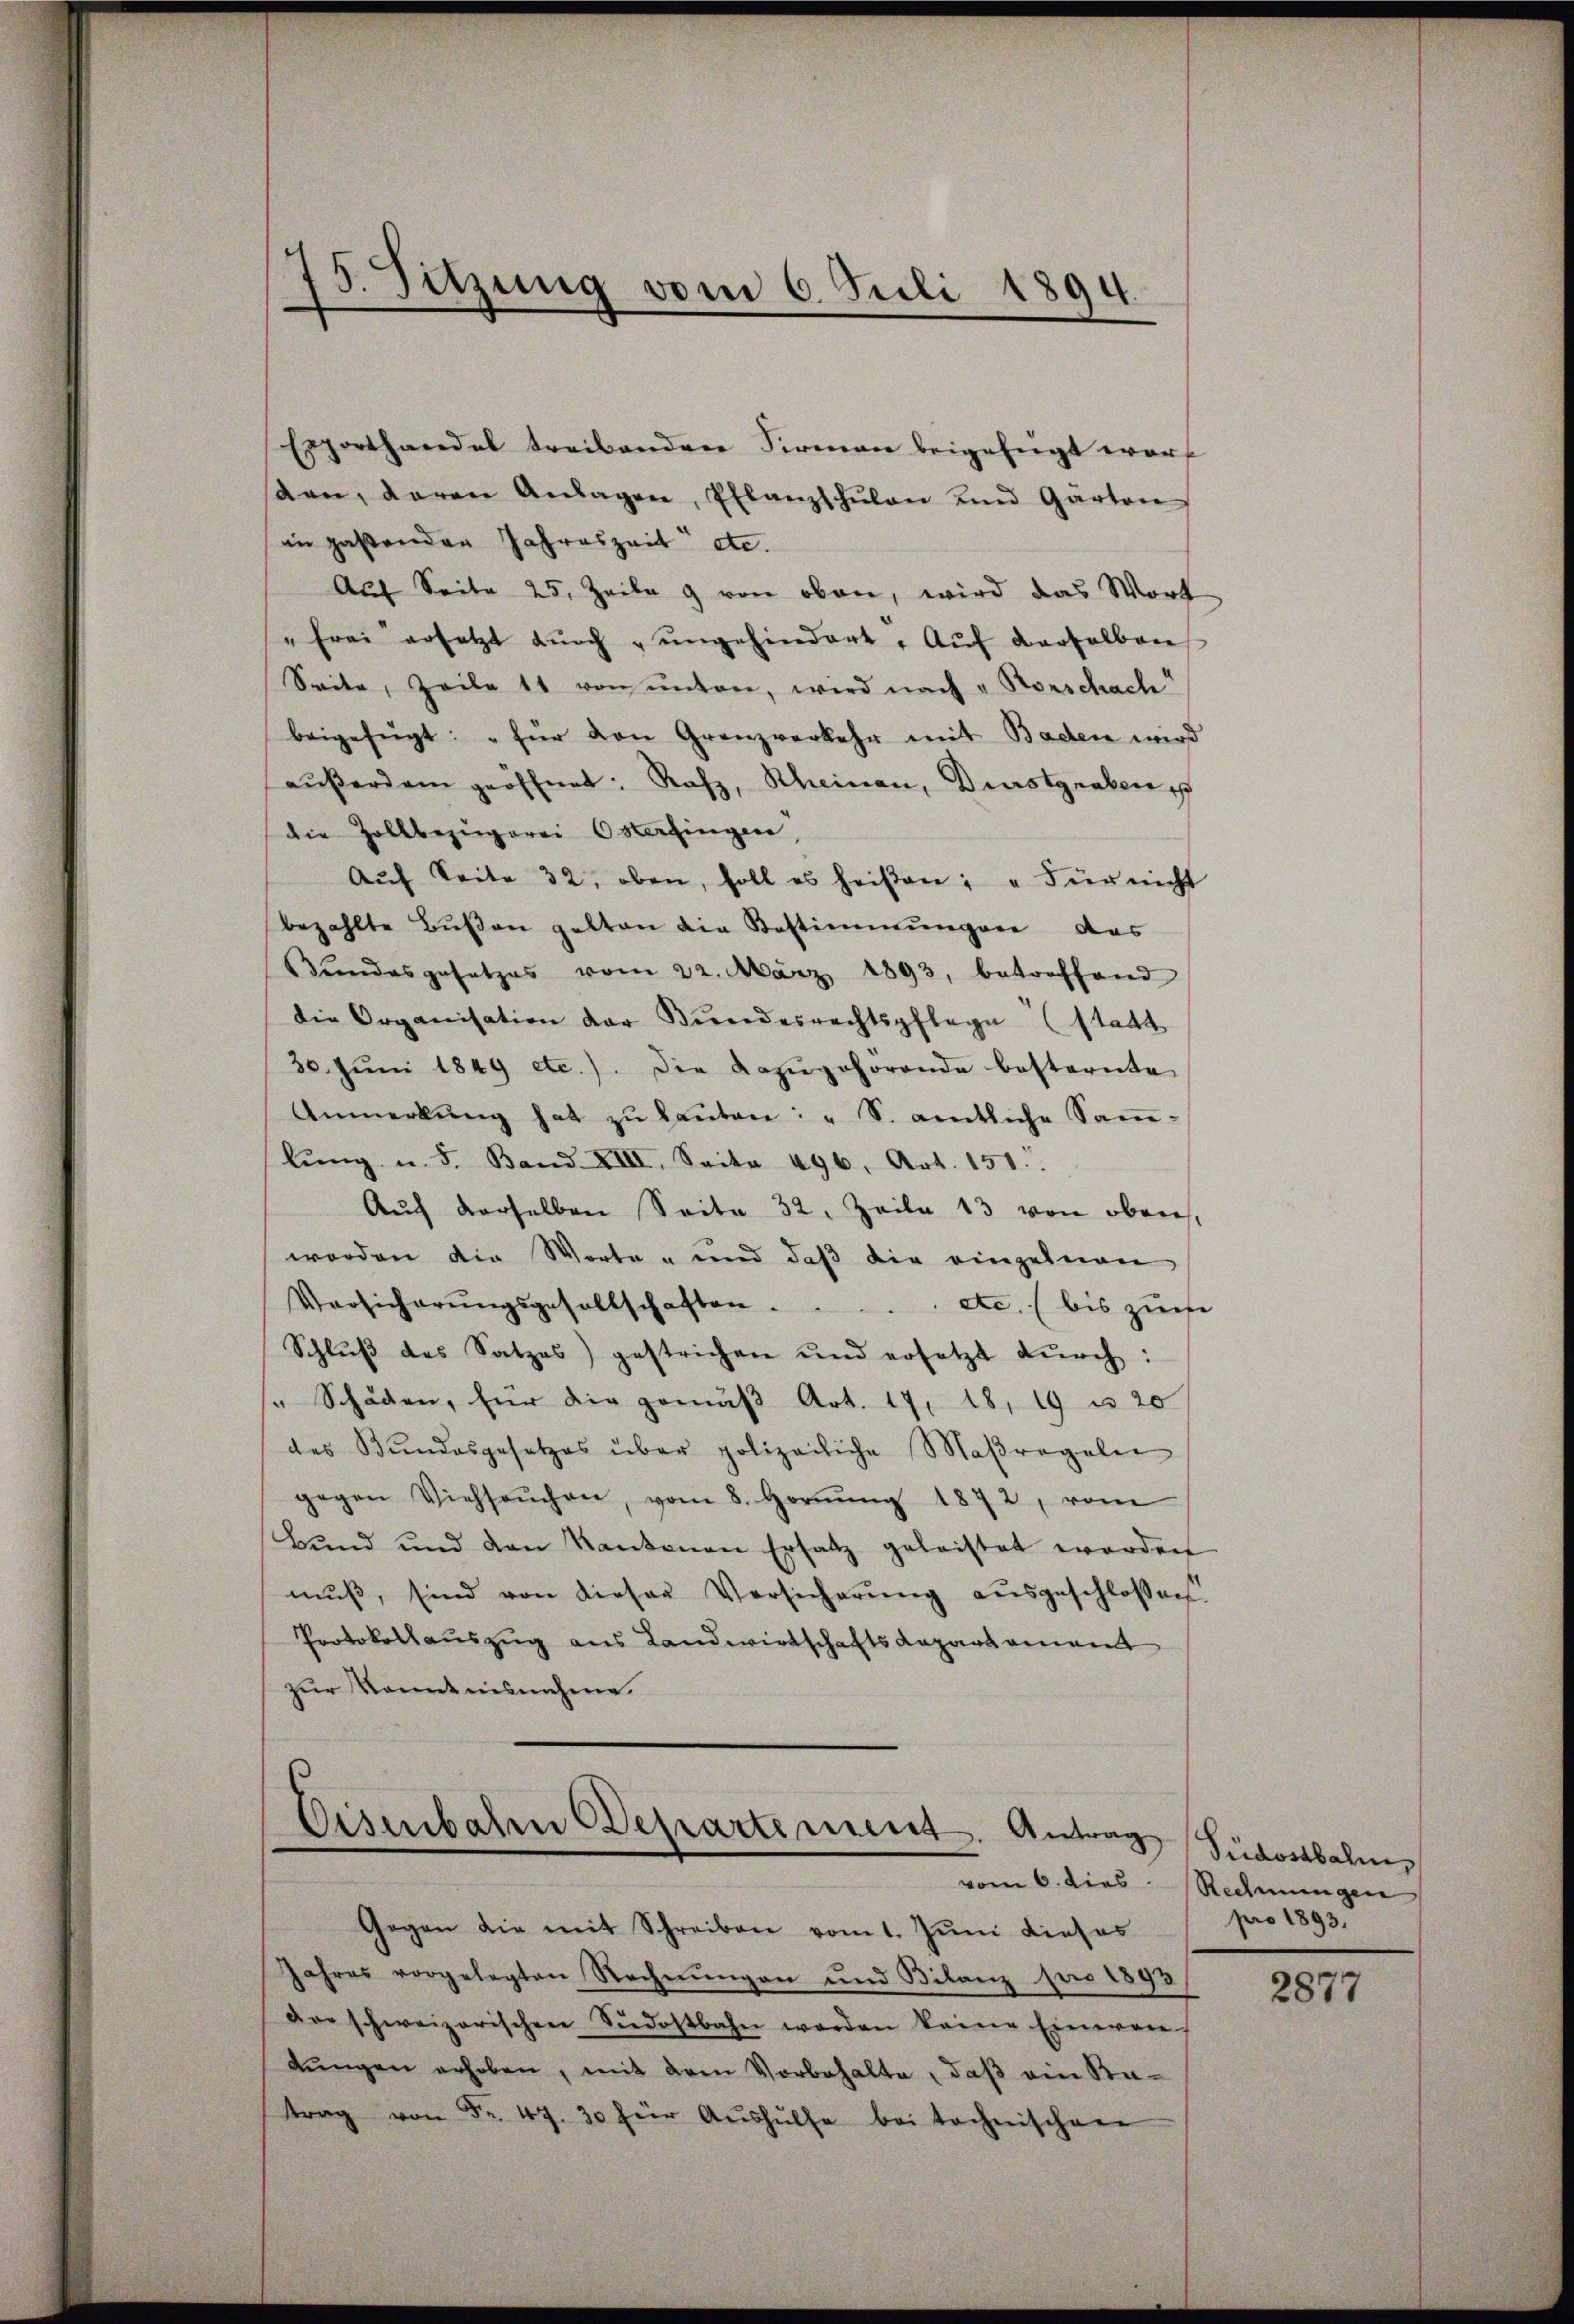
Exporthandel treibenden Firmen beigefügt worf
sen, daran Anlagen, Pflanzschŭlan und Garten
in pastenden Jahreszeit etc.
Auf Seite 25. Zeile 9 von oben, wird das Wort
"frei ersetzt dŭrch ŭngehindert. Aŭf derselben
Seite, Zeile 11 von untere, wird nach u. Rorschach
beigefügt: „für den Granzverkehr mit Baden wird
aŭβerdam geöffnet: Rafz, Rheinau, Durstgraben
die Zollbezügerei Osterfingen,
Aŭf Seite 32, oben, soll es heißen: "Für nicht
bezahlte Bŭβen gelten die Bestimmungen das
Bŭndesgesetzes vom 22. März 1893, betreffend
die Organisation der Bŭndesrechtspflege (statt
30. Jŭni 1849 etc.). Die dazŭgehörende besternte
Anmerkŭng hat zŭ kanton: "S. amtliche Samlŭng u. 5. Band XIII. Seite 496, Art. 151.
Auf derselben Seite 32. Zeile 13 von oben,
worden die Worte - und daβ die einzelnen
Versicherŭngsgesellschaften . . . etc. (bis zuse
Schlŭβ des Satzes) gestrichen und ersetzt dŭrch:
" Schaden, für die gemäβ Art. 17, 18, 19 u. 20
des Bundesgesetzes über polizeiliche Maßregeln
gegen Viehsaŭchen, vom 8. Hornŭng 1872, vom
Bund und den Kantonen Ersatz geleistet worden
muß, sind von dieser Versicherŭng ausgeschlossen.
Protokollauszug aus Landwirtschafts Repartament
zur Kenntnisnahme.

3. Sitzung vom 6. Juli 1894.

Eisenbahn Departement. Antrag

Gegen die mit Schreiben vom 1. Jŭni dieses
Jahres vorgelegten Rechnungen und Bilanz pro 1893
dre schweizerischen Südostbahn werden keine Einwan
dŭngen erhoben, mit dem Vorbehalte, daß ein Ka-
trag von Fr. 47. 30 für Aŭshülfe bei technischen

vom 6. dies Rechnungen

Südostbahn
pro 1893.

2877